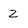
Character: 2